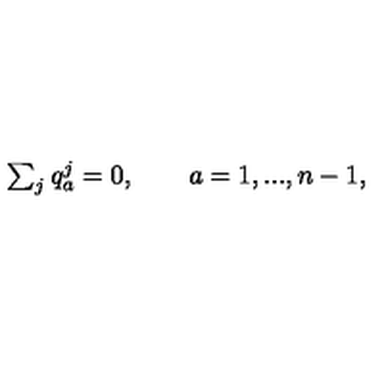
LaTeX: \begin{array} { l c r } { \sum _ { j } q _ { a } ^ { j } = 0 , \qquad a = 1 , . . . , n - 1 , } \\ \end{array}